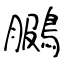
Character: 鵩